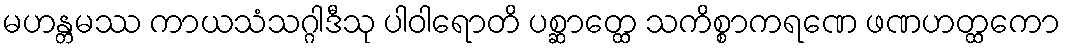
မဟန္တမဿ ကာယသံသဂ္ဂါဒီသု ပါဝါရောတိ ပစ္ဆာတ္ထေ သကိစ္စာကရဏေ ဖဏဟတ္ထကော